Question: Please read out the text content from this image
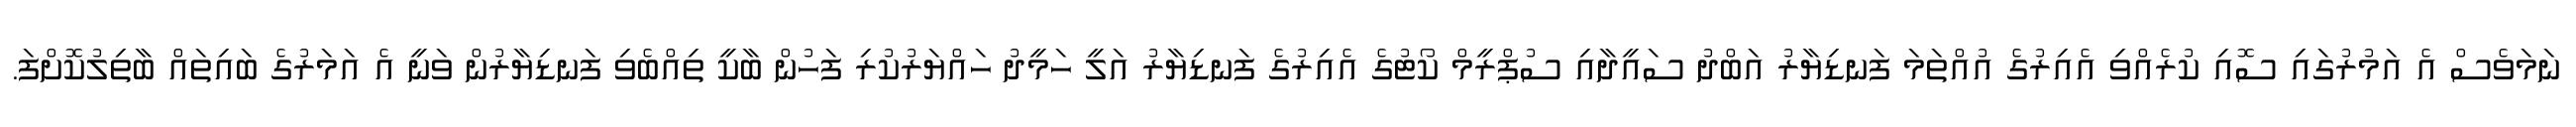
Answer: ނަމަވެސް އެ އަމުރުގައި ސޮއި ކުރެއްވި އެއިރުގެ އުއްތަމަ ފަނޑިޔާރު އަބްދު ސައީދާއި ސުޕްރީމް ކޯޓުގެ އެއިރުގެ ފަނޑިޔާރު އަލީ ހަމީދު ހައްޔަރުކުރި ފަހުން ބާކީ ތިއްބެވި ފަނޑިޔާރުން ވަނީ އެ އަމަރުގެ ބައިތައް ބާތިލުކޮށްފަ.